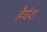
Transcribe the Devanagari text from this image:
हैवंश